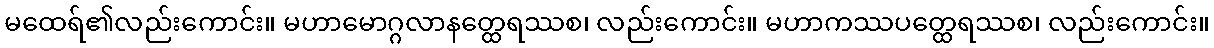
မထေရ်၏လည်းကောင်း။ မဟာမောဂ္ဂလာနတ္ထေရဿစ၊ လည်းကောင်း။ မဟာကဿပတ္ထေရဿစ၊ လည်းကောင်း။